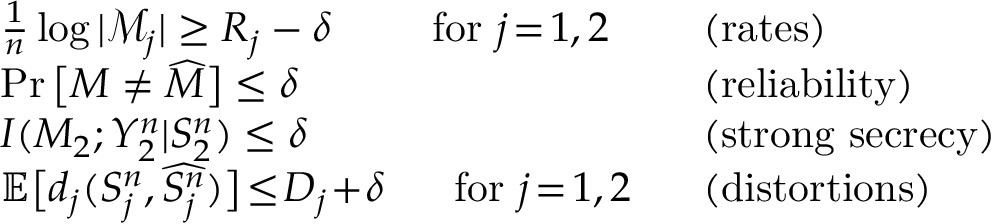
\begin{array} { r l r l } & { \frac { 1 } { n } \log | \mathcal { M } _ { j } | \geq R _ { j } - \delta \quad \; \; \; \; \; \mathrm { f o r ~ } j \! = \! 1 , 2 \; \; } & & { \! \! \! \! \! ( \mathrm { r a t e s } ) } \\ & { \operatorname* { P r } \big [ M \neq \widehat { M } \big ] \leq \delta } & & { \! \! \! \! \! ( \mathrm { r e l i a b i l i t y } ) } \\ & { I ( M _ { 2 } ; Y _ { 2 } ^ { n } | S _ { 2 } ^ { n } ) \leq \delta } & & { \! \! \! \! \! ( \mathrm { s t r o n g ~ s e c r e c y } ) } \\ & { \mathbb { E } \big [ d _ { j } ( S _ { j } ^ { n } , \widehat { S _ { j } ^ { n } } ) \big ] \! \leq \! D _ { j } \! + \! \delta \; \; \; \; \; \; \mathrm { f o r ~ } j \! = \! 1 , 2 \; \; } & & { \! \! \! \! \! ( \mathrm { d i s t o r t i o n s } ) } \end{array}